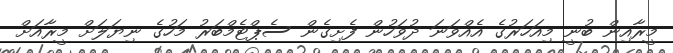
މީރާއިން ބުނީ މިއަހަރުގެ އެއްވަނަ ދުވަހުން ފެށިގެން ސެޕްޓެމްބަރު މަހުގެ ނިޔަލަށް މީރާއަށް